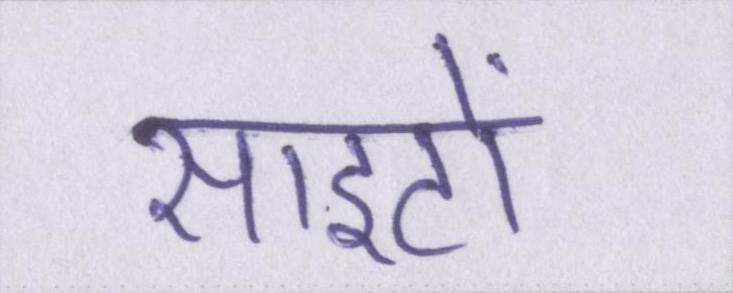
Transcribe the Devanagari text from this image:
साइटों